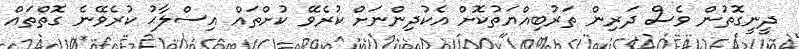
ދީނީގޮތުން ވެސް ދަރިން ތަރުބިއްޔަތުކޮށް އެކުދިންނަށް ކުރެވޭ ކުށްތައް އިސްލާޙު ކުރެވޭނެ ގޮތްތައް